Vaccination in Bombay 1924-1928 - 1924-1928
Year: 1924
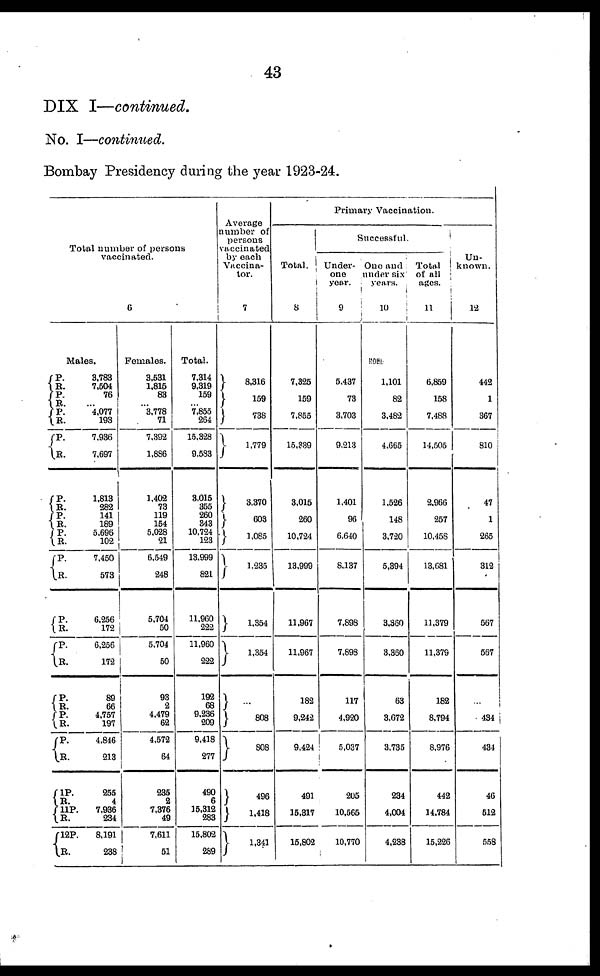
43
DIX I—continued.
No. I—continued.
Bombay Presidency during the year 1923-24.
Total number of persons
vaccinated.
6
Males.
P.
P.
P.
R.
P.
R.
P.
R.
P.
R.
P.
R.
P.
R.
P.
R.
P.
R.
P.
R.
P.
R.
P.
R.
P.
R.
1P.
R.
11P.
R.
12P.
R.
3,783
7,504
76
... 4,077
193
7,936
7,697
1,813
282
141
189
5,696
102
7,450
573
6,256
172
6,256
172
89
66
4,757
197
4,846
213
255
4
7,936
234
8,191
238
Females.
3,531
1,815
83
... 3,778
71
7,392
1,886
1,402
73
119
154
5,028
21
6,549
248
5,704
50
5,704
50
93
2
4,479
62
4,572
64
235
2
7,376
49
7,611
51
Total.
7,314
9,319
159
... 7,855
264
15,328
9,583
3,015
355
260
343
10,724
123
13,999
821
11,960
222
11,960
222
192
68
9,236
209
9,418
277
490
6
15,312
283
15,802
289
Average
number of
persons
vaccinated
by each
Vaccina¬
tor.
7
8,316
159
738
1,779
3,370
603
1,085
1,235
1,354
1,354
...
808
808
496
1,418
1,341
Primary Vaccination.
Total.
8
7,325
159
7,855
15,339
3,015
260
10,724
13,999
11,967
11,967
182
9,242
9,424
491
15,317
15,802
Successful.
Under
one
year.
9
5,437
73
3,703
9,213
1,401
96
6,640
8,137
7,898
7,898
117
4,920
5,037
205
10,565
10,770
One and
under six
years.
10
1,101
82
3,482
4,665
1,526
148
3,720
5,394
3,360
3,360
63
3,672
3,735
234
4,004
4,238
Total
of all
ages.
11
6,859
158
7,488
14,505
2,966
257
10,458
13,681
11,379
11,379
182
8,794
8,976
442
14,784
15,226
Un-
known.
12
442
1
367
810
47
1
265
312
567
567
...
434
431
46
512
558